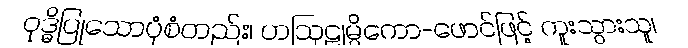
ဝုဒ္ဓိပြုသောပုံစံတည်း၊ ဟဩဠုမ္ပိကော-ဖောင်ဖြင့် ကူးသွားသူ၊